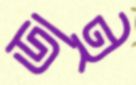
ডাই